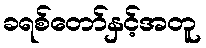
ခရစ်တော်နှင့်အတူ